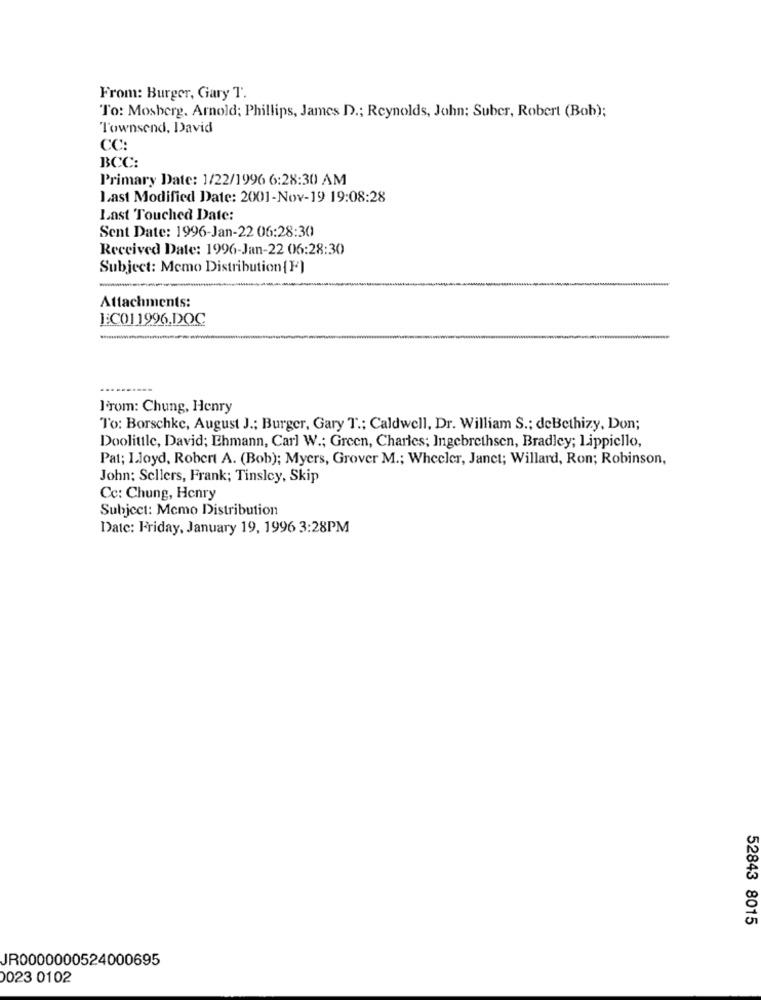
From: Burger, Gary T'
To: Mosberg. Arnold; Phillips, James D .; Reynolds, John; Suber, Robert (Bob);
Townsend, David
CC:
BCC:
Primary Date: 1/22/1996 6:28:30 AM
Last Modified Date: 2001-Nov-19 19:08:28
Last Touched Date:
Sent Date: 1996-Jan-22 06:28:30
Received Date: 1996-Jan-22 06:28:30
Subject: Memo Distribution {F)
-
-
Attachments:
EC01 1996.DOC
--
From: Chung, Henry
To: Borschke, August J .; Burger, Gary T .; Caldwell, Dr. William S .; deBethizy, Don;
Doolittle, David; Ehmann, Carl W .; Green, Charles; Ingebrethsen, Bradley; Lippiello,
Pat; Lloyd, Robert A. (Bob); Myers, Grover M .; Wheeler, Janet; Willard, Ron; Robinson,
John: Sellers, Frank; Tinsley, Skip
Cc: Chung, Henry
Subject: Memo Distribution
Date: Friday, January 19, 1996 3:28PM
52843 8015
JR0000000524000695
0023 0102